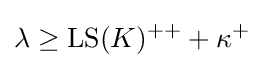
\lambda \geq \operatorname {LS} (K)^{++}+\kappa ^{+}